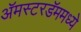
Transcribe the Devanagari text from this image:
अॅमस्टरडॅममध्ये